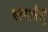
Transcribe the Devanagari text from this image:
पोलामैलु